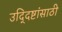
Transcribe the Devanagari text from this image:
उद्‍दिष्टांसाठी